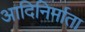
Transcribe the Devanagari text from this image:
आदिनिर्माता